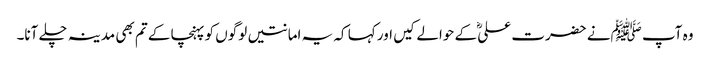
وہ آپ ﷺنے حضرت علیؓ کے حوالے کیں اور کہا کہ یہ امانتیں لوگوں کو پہنچا کے تم بھی مدینہ چلے آنا۔